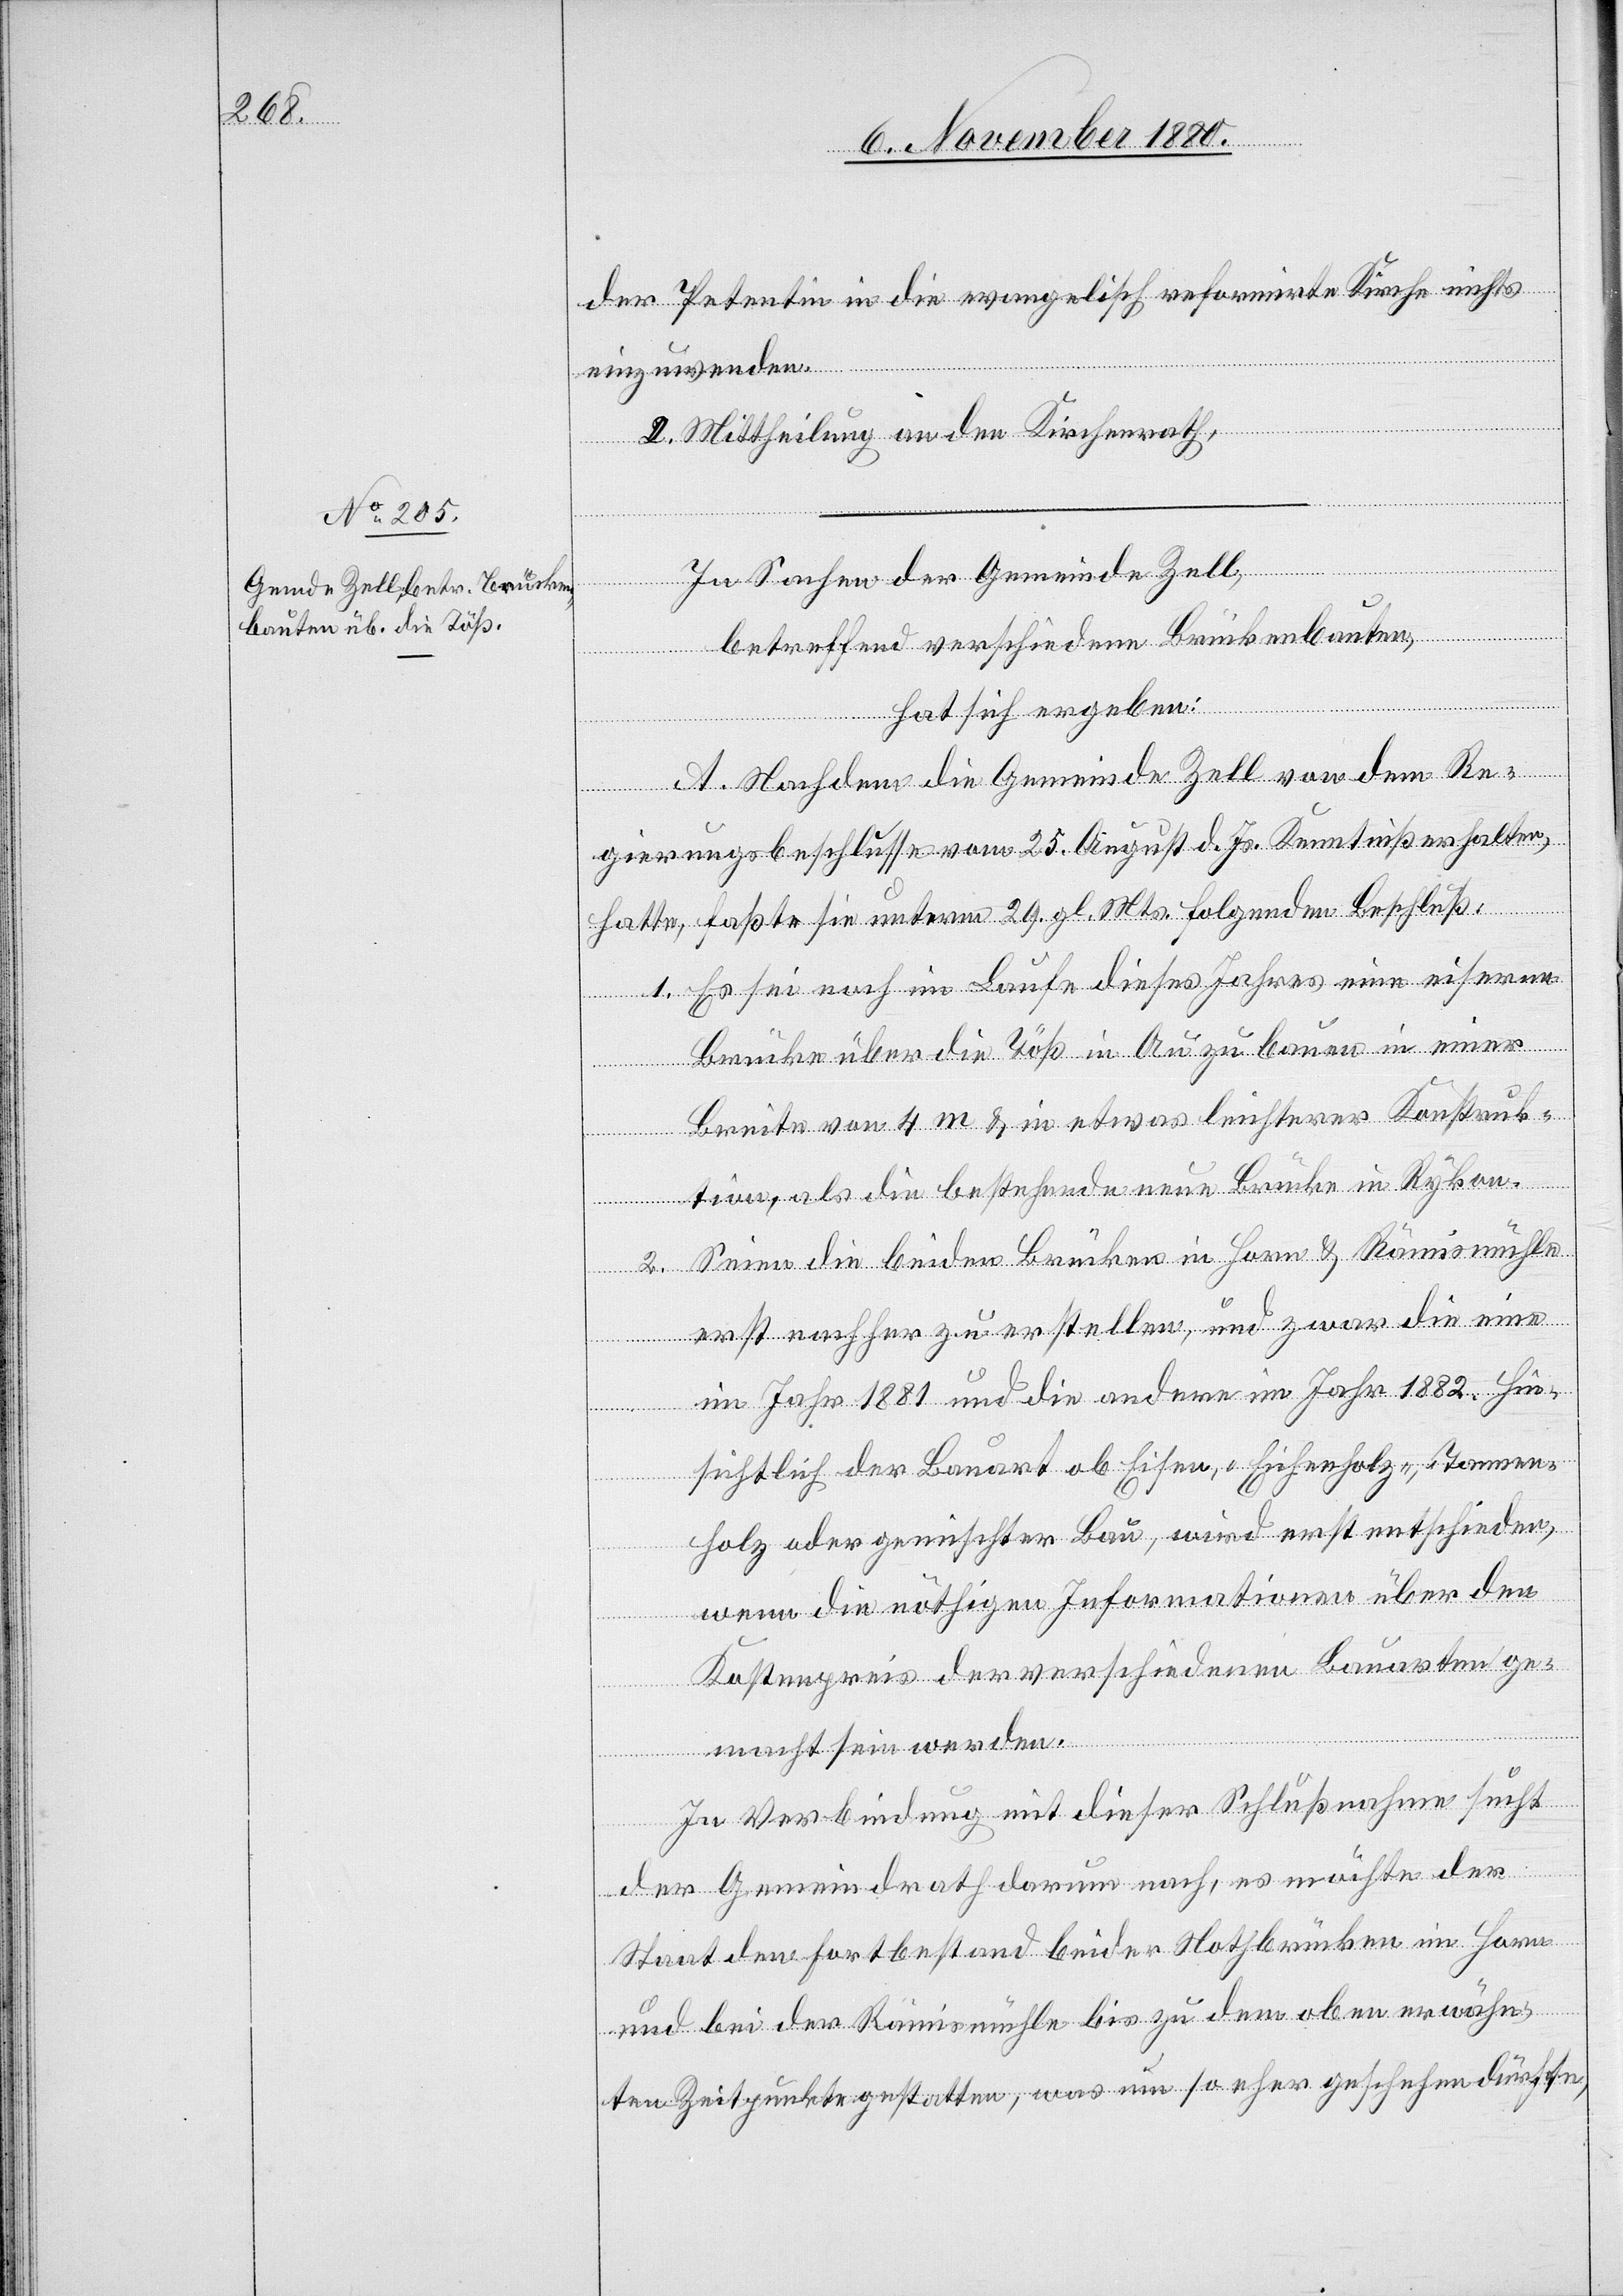
der Petentin in die evangelisch reformirte Kirche nichts
einzuwenden.
2. Mittheilung an den Kirchenrath.
einde
betreffend verschiedenen Brückenbauten,
der
hat sich ergeben:
A. Nachdem die Gemeinde Zell von dem Re¬
gierungsbeschlusse vom 25. August d. Js. Kenntniß erhalten
hatte, faßte sie unterm 29. gl. Mts. folgenden Beschluß:
1. Es sei noch im Laufe dieses Jahres eine eiserne
Brücke über die Töß in Au zu bauen in einer
Breite von 4 m & in etwas leichterer Konstruk¬
tion, als die bestehende neue Brücke in Rykon.
2. Seien die beiden Brücken in Horn & Rämismühle
erst nachher zu erstellen, und zwar die eine
im Jahr 1881 und die andere im Jahr 1882. Hin¬
sichtlich der Bauart ob Eisen-, Eichenholz-, Tannen¬
holz oder gemischter Bau, wird erst entschieden,
wenn die nöthigen Informationen über den
Kostenpreis der verschiedene Bauarten ge¬
macht sein werden.
In Verbindung mit dieser Schlußnahme sucht
der Gemeindrath darum nach, es möchte der
Staat den Fortbestand beider Nothbrücken im Horn
und bei der Rämismühle bis zu dem oben erwähn¬
ten Zeitpunkte gestatten, was um so eher geschehen dürfte,